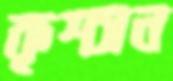
কৃশ্চান